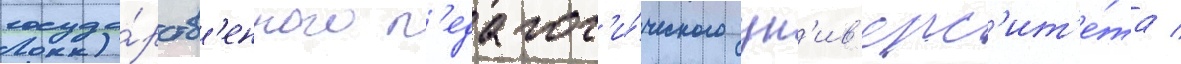
госуда́рств'енного п'едагог'и́ческого ун'ив'ерс'ит'е́та /